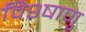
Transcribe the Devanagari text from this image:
वि९षाणु